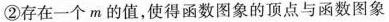
②存在一个m的值，使得函数图象的顶点与函数图象